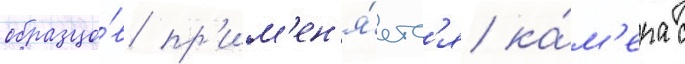
образцо́в пр'им'ен'я́етс'я ка́м'ера с